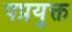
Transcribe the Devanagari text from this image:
पप्रयुक्त